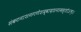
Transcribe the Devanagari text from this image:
संकटनाशनगणेशद्वादशनामस्तोत्रम्।।